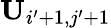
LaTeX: \mathbf{U}_{i^{\prime}+1,j^{\prime}+1}